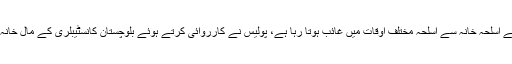
سی سی پی او کوئٹہ عبدالزاق چیمہ کا کہنا ہے کہ بلوچستان کانسٹیبلر کے اسلحہ خانہ سے اسلحہ مختلف اوقات میں غائب ہوتا رہا ہے، پولیس نے کارروائی کرتے ہوئے بلوچستان کانسٹیبلری کے مال خانہ انچارج سمیت چھ اہلکاروں کو گرفتار کرکے مقدمہ درج کرلیا گیا ہے۔